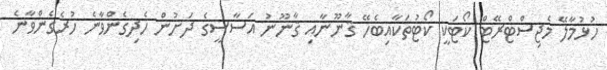
ހުޅުމާލޭ މެޖިސްޓްރޭޓް ކޯޓަކީ ކޯޓުތަކާއިބެހޭ ޤާނޫނާއި ޤާނޫނު އަސާސީގެ ދަށުން ހެދިގެންވާނެ ހުރެގެންވާނެ